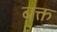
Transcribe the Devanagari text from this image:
बक्त